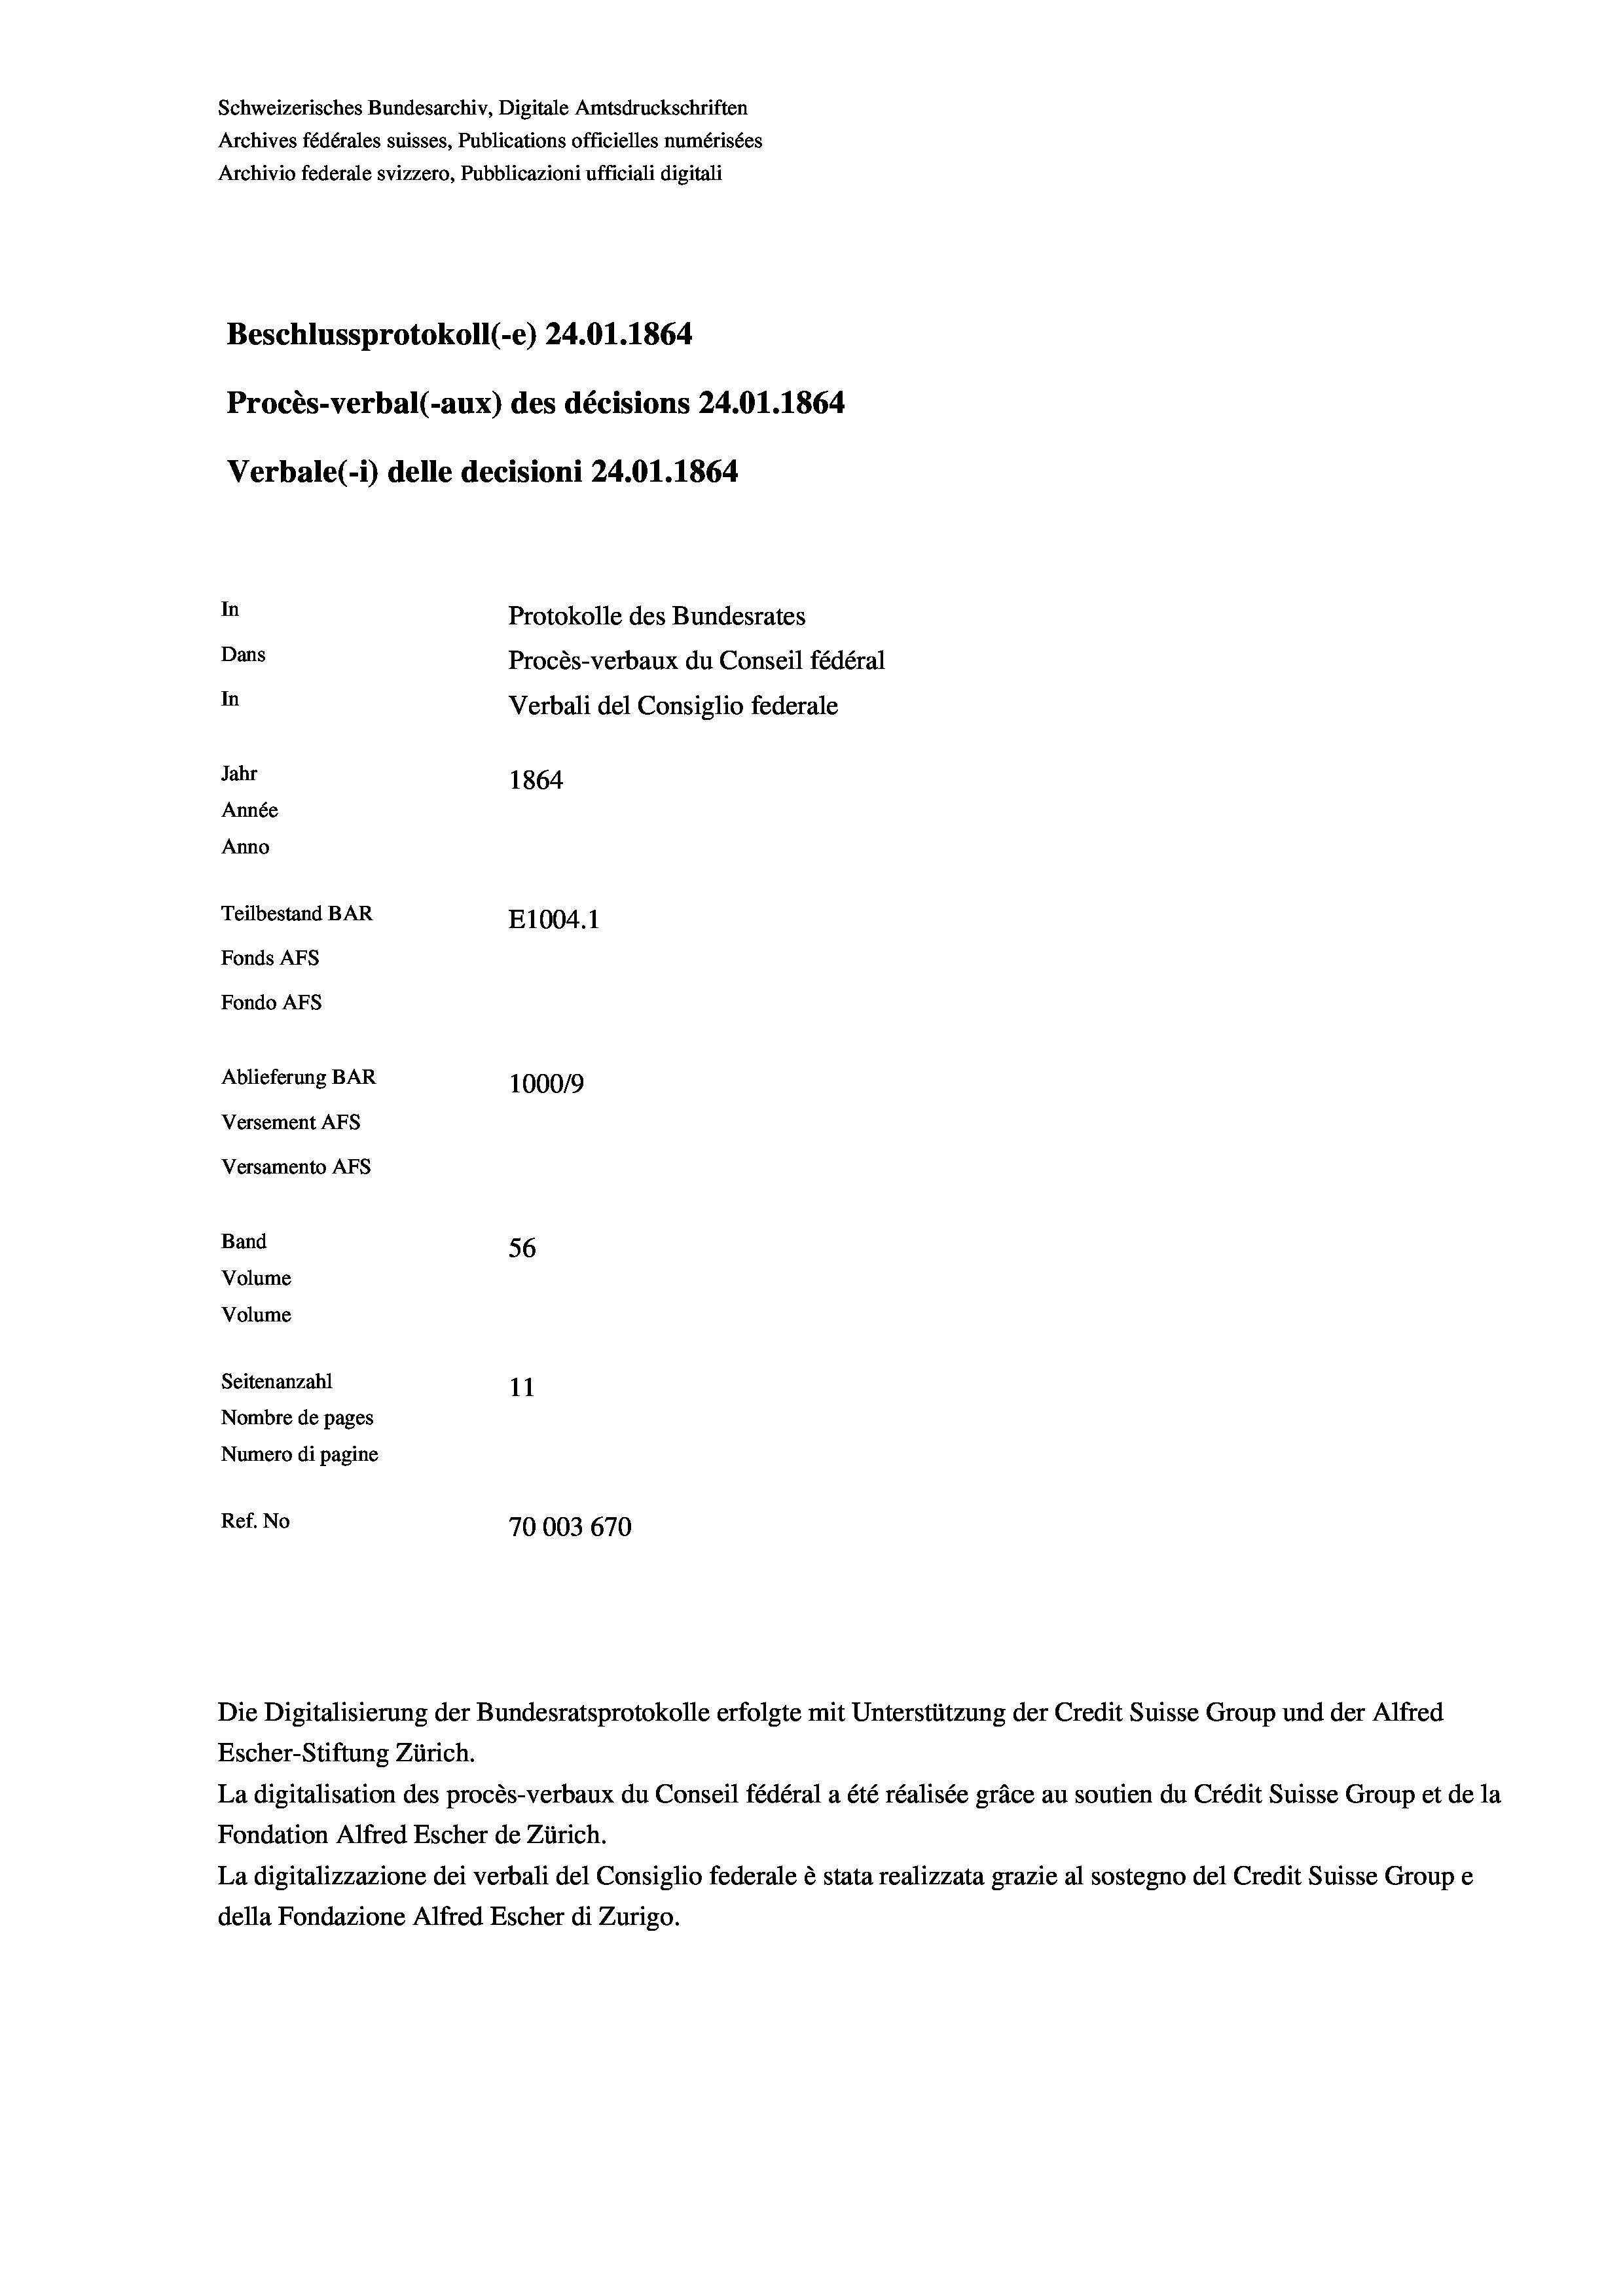
Schweizerisches Bundesarchiv, Digitale Amtsdruckschriften
Archives fédérales suisses, Publications officielles numérisées
Archivio federale svizzero, Pubblicazioni ufficiali digitali
Beschlussprotokoll (-e) 24.01. 1864
Procès-verbal (-aux) des décisions 24.01. 1864
Verbale (- 1) delle decisioni 24.01. 1864
In
Protokolle des Bundesrates
Dans
Procès-verbaux du Conseil fédéral
In
Verbali del Consiglio federale
Jahr
1864
Année
Anno
Teilbestand BAR
E1004.1
Fonds Afs
Fondo Afs
Ablieferung BAR
100019
Versement AFS
Versamento AFs
Band
56
Volume
Volume
Seitenanzahl
11
Nombre de pages
Numero di pagine
Ref. No
70003 670

Escher-Stiftung Zürich.
La digitalisation des procès-verbaux du Conseil fédéral a été réalisée gräce au soutien du Crédit Suisse Group et de la
Fondation Alfred Escher de Zürich.
La digitalizzazione dei verbali del Consiglio federale è stata realizzata grazie al sostegno del Credit Suisse Groupe
della Fondazione Alfred Escher di Zurigo.

Die Digitalisierung der Bundesratsprotokolle erfolgte mit Unterstützung der Credit Suisse Group und der Alfred